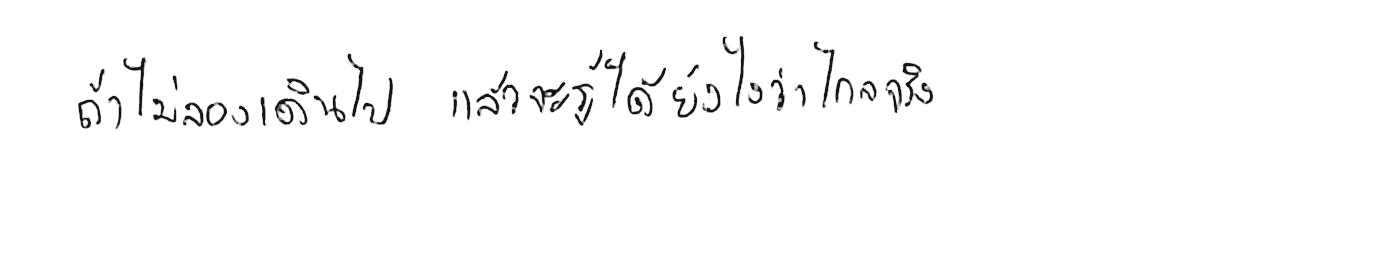
ถ้าไม่ลองเดินไป แล้วจะรู้ได้ยังไงว่าไกลจริง